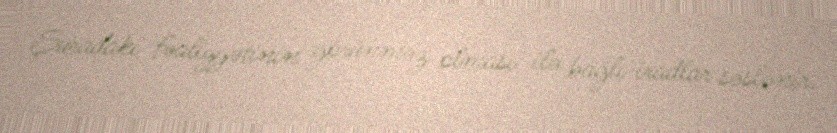
Şuradakı fəaliyyətinin görünməz olması ilə bağlı iradlar səslənir.